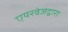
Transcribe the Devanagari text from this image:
एयरवेजद्वारा